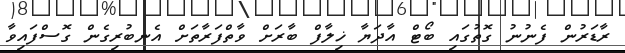
ރާޑަރުން ފެނުނު ގޮތުގައި ބޯޓް އާދަޔާ ޚިލާފް ބާރަށް ވާތްފަރާތަށް އެނބުރިގެން ގޮސްފައިވާ